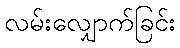
လမ်းလျှောက်ခြင်း